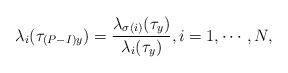
LaTeX: \begin{align*}\lambda_i(\tau_{(P-I)y})=\frac{\lambda_{\sigma(i)}(\tau_y)}{\lambda_i(\tau_y)}, i=1,\cdots,N,\end{align*}